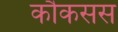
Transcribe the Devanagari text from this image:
कौकसस